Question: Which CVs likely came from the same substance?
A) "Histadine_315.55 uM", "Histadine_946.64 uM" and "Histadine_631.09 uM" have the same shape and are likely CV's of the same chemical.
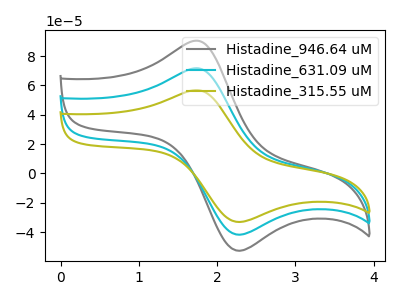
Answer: <think>The gray curve "Histadine_946.64 uM" has an anodic peak at (1.75V, 143.15uA) and a cathodic peak at (2.30V, -83.60uA). The cyan curve "Histadine_631.09 uM" has an anodic peak at (1.75V, 71.60uA) and a cathodic peak at (2.30V, -41.80uA). The olive curve "Histadine_315.55 uM" has an anodic peak at (1.75V, 56.70uA) and a cathodic peak at (2.30V, -33.10uA).
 All the peaks in "Histadine_946.64 uM" have a peak in "Histadine_631.09 uM" at the same potential. Every peak in "Histadine_946.64 uM" is higher than every peak in "Histadine_631.09 uM". All the peaks in "Histadine_946.64 uM" have a peak in "Histadine_315.55 uM" at the same potential. Every peak in "Histadine_946.64 uM" is higher than every peak in "Histadine_315.55 uM". All the peaks in "Histadine_631.09 uM" have a peak in "Histadine_315.55 uM" at the same potential. Every peak in "Histadine_631.09 uM" is higher than every peak in "Histadine_315.55 uM".</think>
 <answer>A) "Histadine_315.55 uM", "Histadine_946.64 uM" and "Histadine_631.09 uM" have the same shape and are likely CV's of the same chemical.</answer>
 <eval>A</eval>